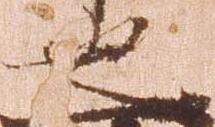
也